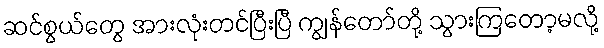
ဆင်စွယ်တွေ အားလုံးတင်ပြီးပြီ ကျွန်တော်တို့ သွားကြတော့မလို့